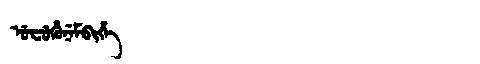
Manchu: ᡠᠸᡠᡥᡠᠨᡝᠮᠪᡳᡥᡝ
Romanization: UFUHUNEMBIHE